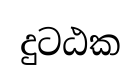
දුටඨක